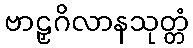
ဗာဠှဂိလာနသုတ္တံ